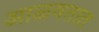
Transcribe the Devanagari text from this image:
आळवतात